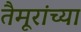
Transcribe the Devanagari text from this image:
तैमूरांच्या